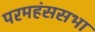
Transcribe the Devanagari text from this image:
परमहंससभा